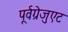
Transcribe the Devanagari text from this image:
पूर्वग्रेजुएट